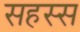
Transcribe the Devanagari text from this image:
सहस्स